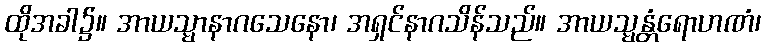
ထိုအခါ၌။ အာယသ္မာနာဂသေနော၊ အရှင်နာဂသိန်သည်။ အာယသ္မန္တံရောဟဏံ၊